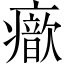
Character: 𤻐